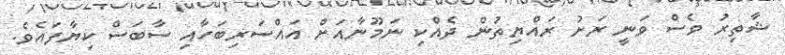
ޝާތިރު ވެސް ވަނީ ރަށު ރައްޔިތުން ދެއްކި ނަމޫނާއަށް އައްސަރިބަހާއި ސާބަސް ކިޔާފައެވެ.